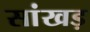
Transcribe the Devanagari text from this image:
सांखड़